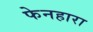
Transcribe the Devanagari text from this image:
फेनहारा